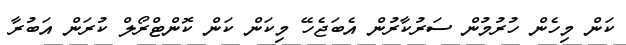
ކަން މިހެން ހުރުމުން ސަރުކާރުން އެބަޖެހޭ މިކަން ކަން ކޮންޓްރޯލް ކުރަން އަބުރާ